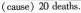
(cause)20 deaths.